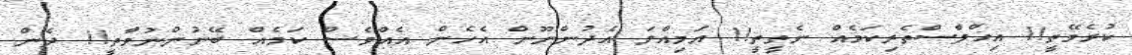
ކުރެވޭތީ!! އިޚްލާސްތެރިކަމެއް ނެތީތީ!! އަމިއްލަ އެދުންނޫން އެހެން އެއްވެސް ކަމެއް ބޭނުންނުވާތީ!! ދެން